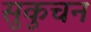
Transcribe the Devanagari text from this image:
सुकुचन